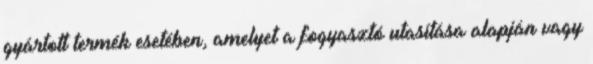
gyártott termék esetében, amelyet a fogyasztó utasítása alapján vagy